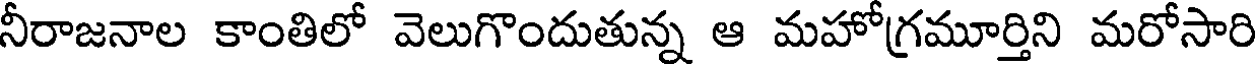
నీరాజనాల కాంతిలో వెలుగొందుతున్న ఆ మహోగ్రమూర్తిని మరోసారి